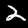
Digit: 2